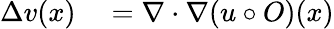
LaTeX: \begin{array}{rl}{\Delta v(x)}&{{}=\nabla\cdot\nabla(u\circ O)(x)}\end{array}